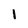
Character: I